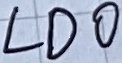
Text: LDO